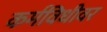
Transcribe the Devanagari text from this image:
कर्मविधीवर